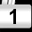
Digit: 1